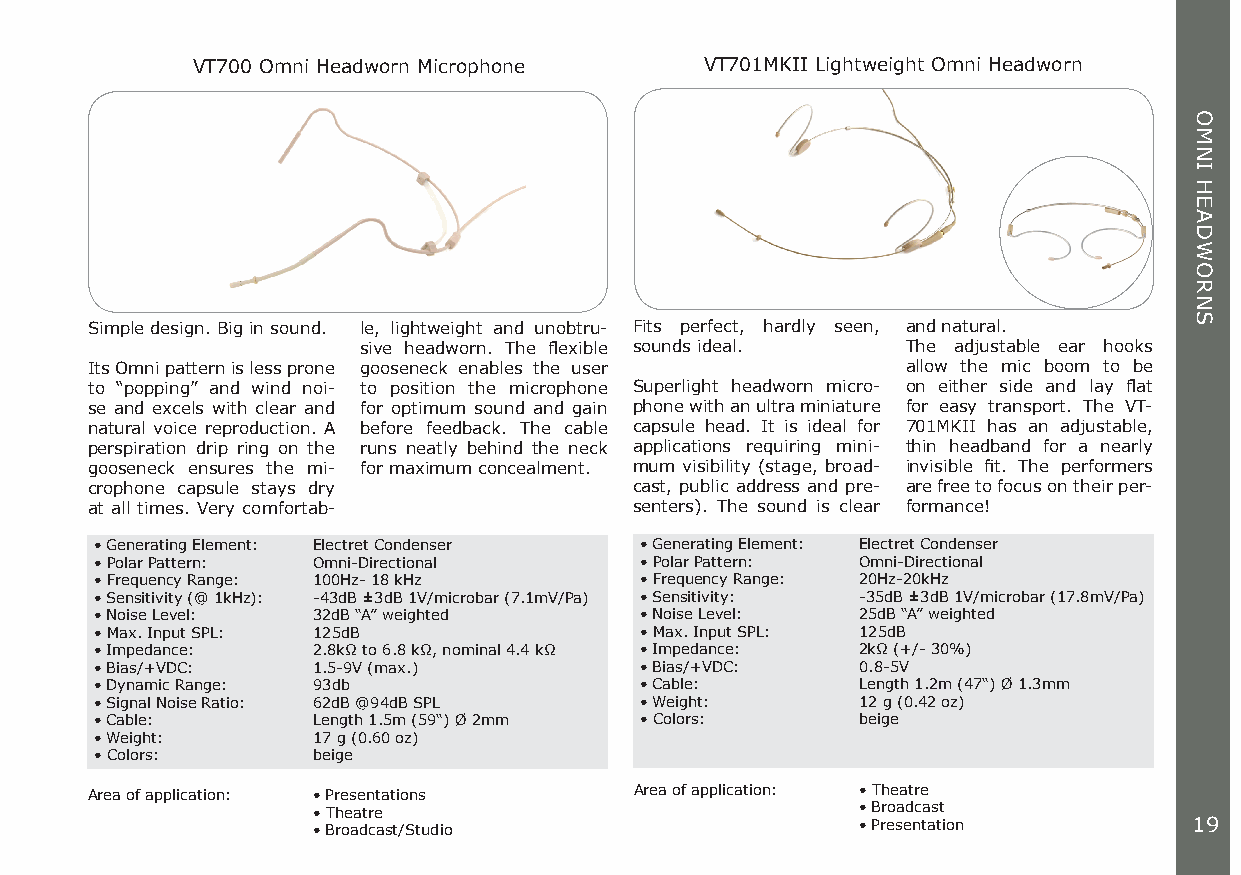
VT700 Omni Headworn Microphone    VT701MKII Lightweight Omni Headworn
 Simple design. Big in sound. le, lightweight and unobtru- Fits perfect, hardly seen, and natural.
 sive headworn. The flexible sounds ideal. The adjustable ear hooks
 Its Omni pattern is less prone gooseneck enables the user allow the mic boom to be
 to “popping” and wind noi- to position the microphone Superlight headworn micro- on either side and lay flat
 se and excels with clear and for optimum sound and gain phone with an ultra miniature for easy transport. The VT-
 natural voice reproduction. A before feedback. The cable capsule head. It is ideal for 701MKII has an adjustable,
 perspiration drip ring on the runs neatly behind the neck applications requiring mini- thin headband for a nearly
 gooseneck ensures the mi- for maximum concealment. mum visibility (stage, broad- invisible fit. The performers
 crophone capsule stays dry          cast, public address and pre- are free to focus on their per-
 at all times. Very comfortab-       senters). The sound is clear formance!
 • Generating Element: Electret Condenser • Generating Element: Electret Condenser
 • Polar Pattern: Omni-Directional   • Polar Pattern: Omni-Directional
 • Frequency Range: 100Hz- 18 kHz    • Frequency Range: 20Hz-20kHz
 • Sensitivity (@ 1kHz): -43dB ±3dB 1V/microbar (7.1mV/Pa) • Sensitivity: -35dB ±3dB 1V/microbar (17.8mV/Pa)
 • Noise Level: 32dB “A” weighted    • Noise Level: 25dB “A” weighted
 • Max. Input SPL: 125dB             • Max. Input SPL: 125dB
 • Impedance:   2.8kΩ to 6.8 kΩ, nominal 4.4 kΩ • Impedance: 2kΩ (+/- 30%)
 • Bias/+VDC:   1.5-9V (max.)        • Bias/+VDC:   0.8-5V
 • Dynamic Range: 93db               • Cable:       Length 1.2m (47“) Ø 1.3mm
 • Signal Noise Ratio: 62dB @94dB SPL • Weight:     12 g (0.42 oz)
 • Cable:       Length 1.5m (59“) Ø 2mm • Colors:   beige
 • Weight:      17 g (0.60 oz)
 • Colors:      beige
 Area of application: • Presentations Area of application: • Theatre
 • Theatre                           • Broadcast
 • Broadcast/Studio                  • Presentation        19
 OMNI
 HEADWORNS